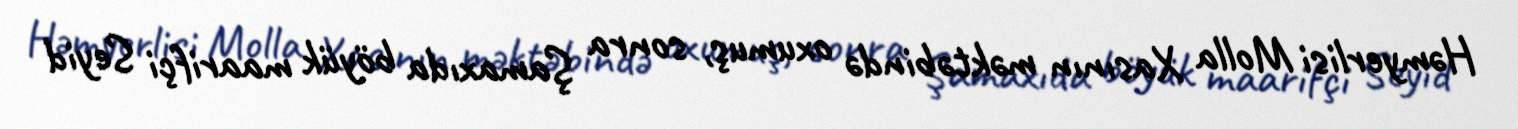
Həmyerlisi Molla Xasının məktəbində oxumuş, sonra Şamaxıda böyük maarifçi Seyid